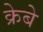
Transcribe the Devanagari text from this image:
क्रेबे